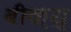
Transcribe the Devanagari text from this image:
बीक़्यु